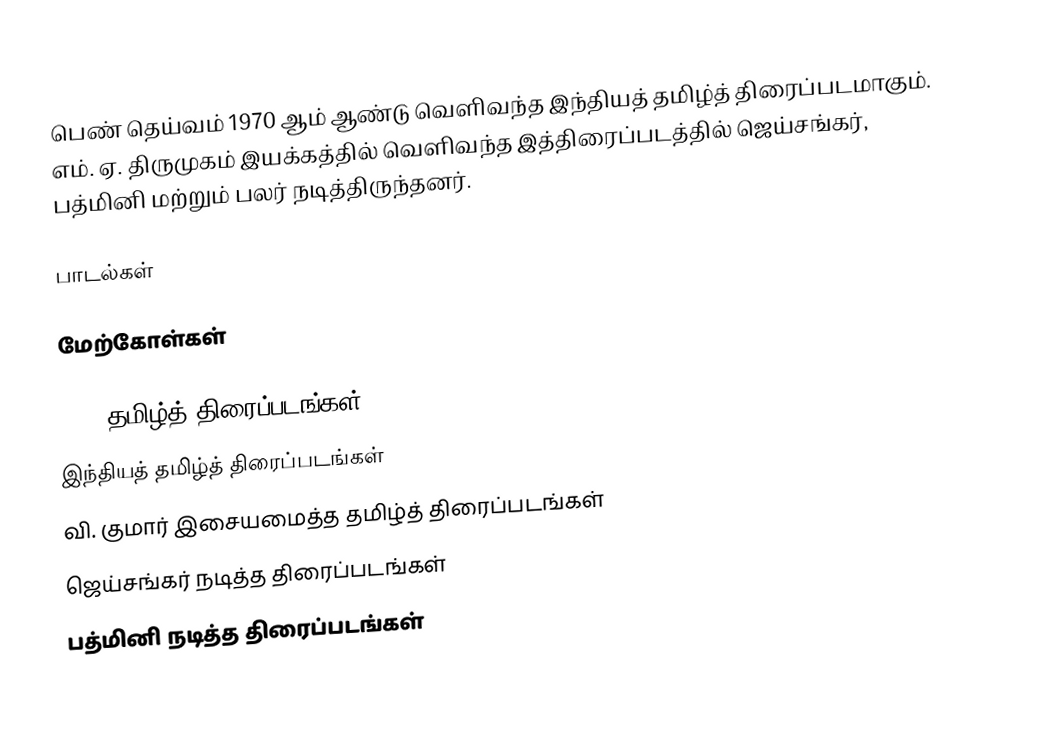
பெண் தெய்வம் 1970 ஆம் ஆண்டு வெளிவந்த இந்தியத் தமிழ்த் திரைப்படமாகும். எம். ஏ. திருமுகம் இயக்கத்தில் வெளிவந்த இத்திரைப்படத்தில் ஜெய்சங்கர், பத்மினி மற்றும் பலர் நடித்திருந்தனர்.

பாடல்கள்

மேற்கோள்கள்

1970 தமிழ்த் திரைப்படங்கள்
இந்தியத் தமிழ்த் திரைப்படங்கள்
வி. குமார் இசையமைத்த தமிழ்த் திரைப்படங்கள்
ஜெய்சங்கர் நடித்த திரைப்படங்கள்
பத்மினி நடித்த திரைப்படங்கள்